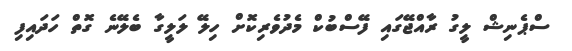
ސްޕެނިޝް ލީގު ރާއްޖޭގައި ފޭސްބުކް މެދުވެރިކޮށް ހިލޭ ލަލީގާ ބެލޭނެ ގޮތް ހަދައިފި